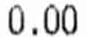
0.00